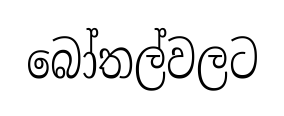
බෝතල්වලට